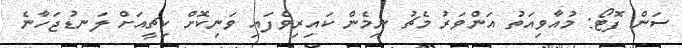
ސަން ފޮޓޯ: މުއާވިއަތު އަންވަރު މެޗު ނިމެން ކައިރިވެފައި ވަނިކޮށް ކިޗީއަށް ލަނޑުޖަހާނެ